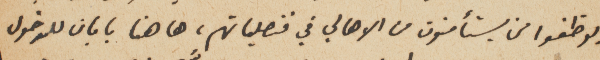
يوظفوا من يستأمنون من الأهالي في قنصلياتهمِ، ها هنا بابان للدخول